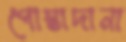
পোস্তাদানা